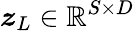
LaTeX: \boldsymbol{z}_{L}\in\mathbb{R}^{S\times D}